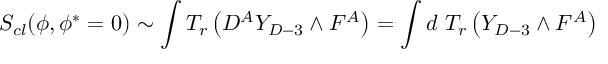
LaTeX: S _ { c l } ( \phi , \phi ^ { * } = 0 ) \sim \int T _ { r } \left( D ^ { A } Y _ { D - 3 } \wedge F ^ { A } \right) = \int d \ T _ { r } \left( Y _ { D - 3 } \wedge F ^ { A } \right)